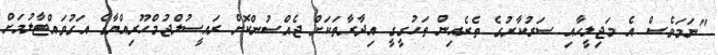
"ނަމަވެސް އެ މަޖިލީހާއި ސަރުކާރުގެ ތެރެއިން ތަހުގީގީ އިދާރާތަކަށް ޖެއްސުންކޮށް ރައީސުލްޖުމްހޫރިއްޔާގެ އަގުވައްޓާލުމަށް